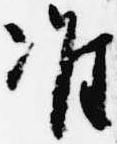
准